Tartu_linnavalitsus, lk 5
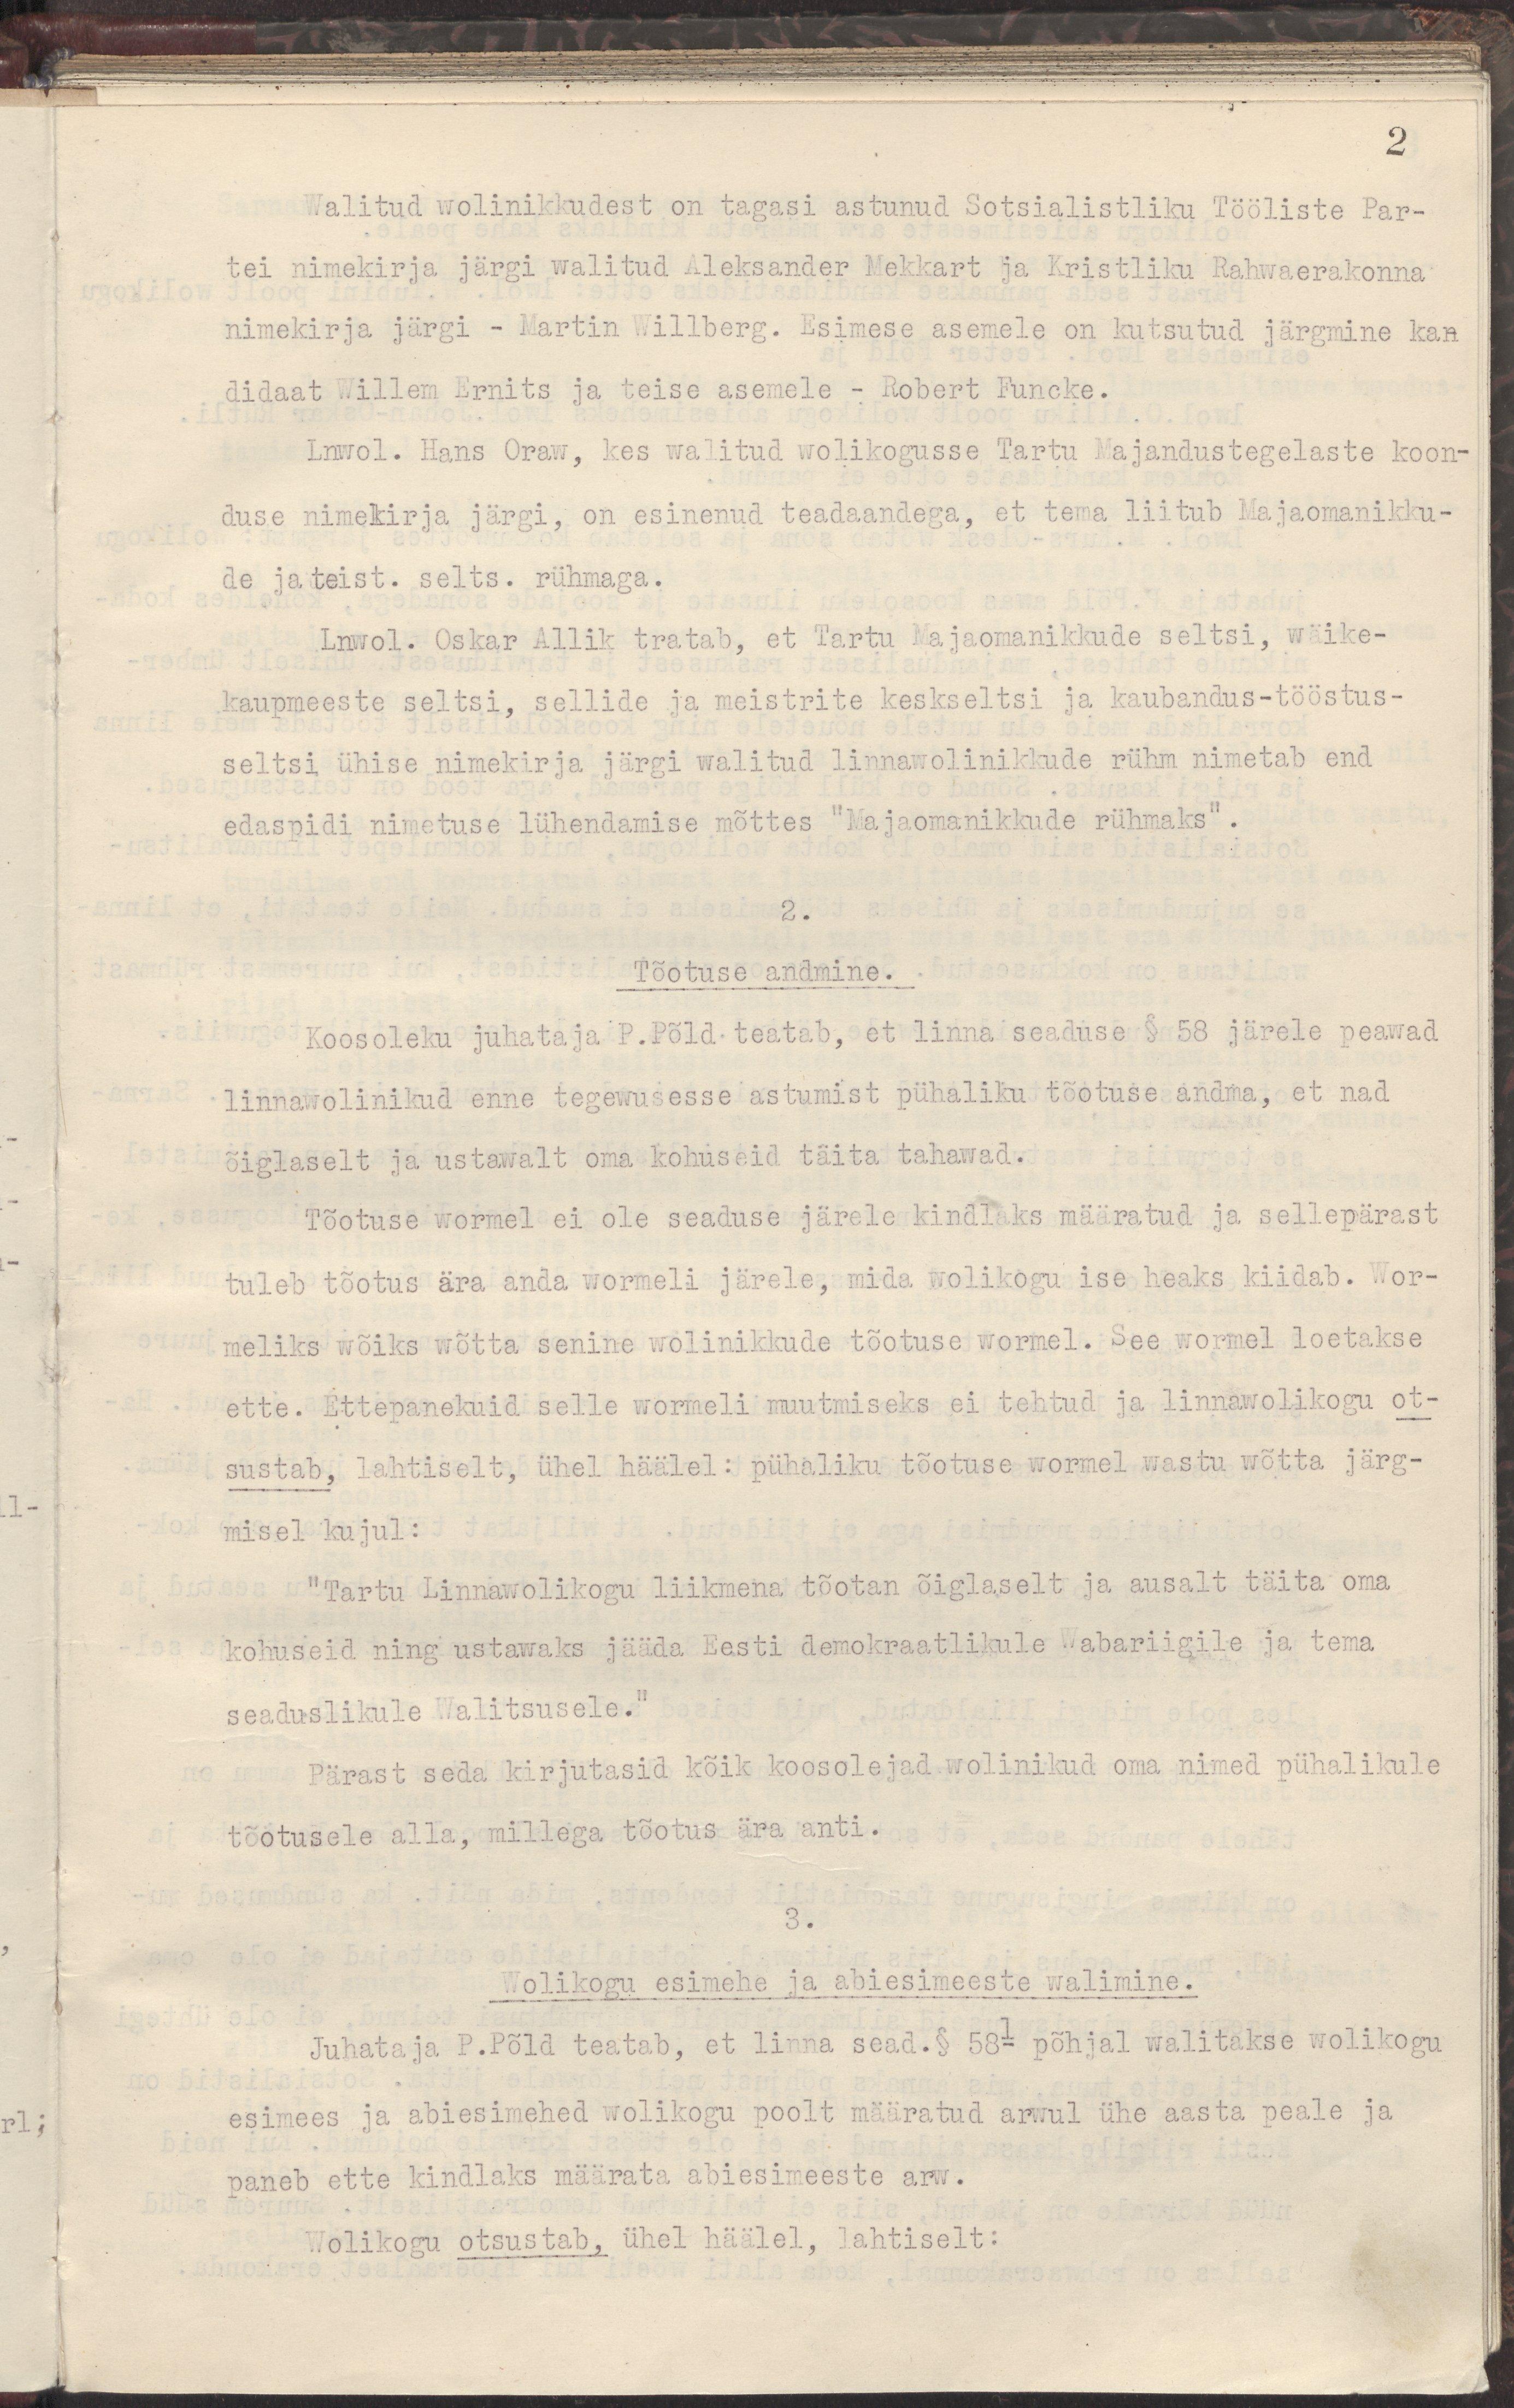
2
Walitud wolinikkudest on tagasi astunud Sotsialistliku Tööliste Par-
tei nimekirja järgi walitud Aleksander Mekkart ja Kristliku Rahwaerakonna
nimekirja järgi - Martin Willberg. Esimese asemele on kutsutud järgmine kan
didaat Willem Ernits ja teise asemele - Robert Funcke.
Lnwol. Hans Oraw, kes walitud wolikogusse Tartu Majandustegelaste koon-
duse nimekirja järgi, on esinenud teadaandega, et tema liitub Majaomanikku-
de ja teist. selts. rühmaga.
Lnwol. Oskar Allik tratab, et Tartu Majaomanikkude seltsi, wäike-
kaupmeeste seltsi, sellide ja meistrite keskseltsi ja kaubandus-tööstus-
seltsi ühise nimekirja järgi walitud linnawolinikkude rühm  nimetab end
edaspidi nimetuse lühendamise mõttes "Majaomanikkude rühmaks".
2.
Tõotuse andmine.
Koosoleku juhataja P.Põld teatab, et linna seaduse § 58 järele peawad
linnawolinikud enne tegewusesse astumist pühaliku tõotuse andma, et nad
õiglaselt ja ustawalt oma kohuseid täita tahawad.
Tõotuse wormel ei ole seaduse järele kindlaks määratud ja sellepärast
tuleb tõotus ära anda wormeli järele, mida wolikogu ise heaks kiidab. Wor-
meliks wõiks wõtta senine wolinikkude tõotuse wormel. See wormel loetakse
ette. Ettepanekuid selle wormeli muutmiseks ei tehtud ja linnawolikogu ot-
sustab, lahtiselt, ühel häälel : pühaliku tõotuse wormel wastu wõtta järg-
misel kujul :
"Tartu Linnawolikogu liikmena tõotan õiglaselt ja ausalt täita oma
kohuseid ning ustawaks jääda Eesti demokraatlikule Wabariigile ja tema
seaduslikule Walitsusele."
Pärast seda kirjutasid kõik koosolejad wolinikud oma nimed pühalikule 
tõotusele alla, millega tõotus ära anti.
3.
Wolikogu esimehe ja abiesimeeste walimine.
Juhataja P.Põld teatab, et linna sead, §58¹ põhjal walitakse wolikogu
esimees ja abiesimehed wolikogu poolt määratud arwul ühe aasta peale ja 
paneb ette kindlaks määrata abiesimeeste arw.
Wolikogu otsustab, ühel häälel, lahtiselt :